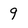
Character: 9